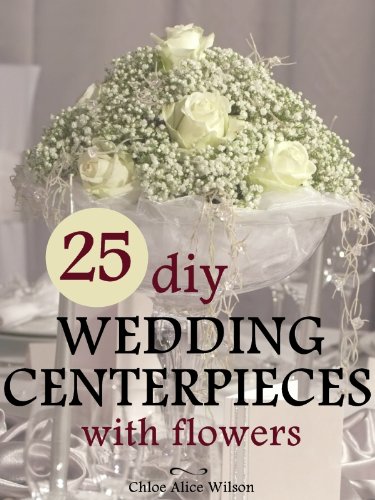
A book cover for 25 DIY Wedding Centerpieces With Flowers: A Step By Step System For The Flower Novice To Save Money & Avoid Stress (Wedding Ebooks Book 1); Chloe Alice Wilson; Crafts, Hobbies & Home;